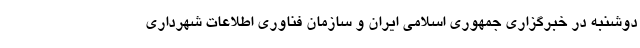
دوشنبه در خبرگزاری جمهوری اسلامی ایران و سازمان فناوری اطلاعات شهرداری